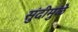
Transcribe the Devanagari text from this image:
सुंदीमुळे